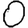
Digit: 0